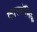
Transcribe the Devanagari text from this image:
कारबॉनिक